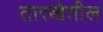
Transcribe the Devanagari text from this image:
तारखेतील